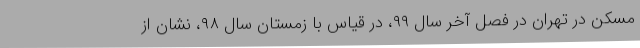
مسکن در تهران در فصل آخر سال ۹۹، در قیاس با زمستان سال ۹۸، نشان از